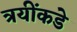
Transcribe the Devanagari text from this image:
त्रयींकडे